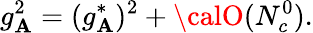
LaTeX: g_{\mathbf{A}}^{2}=(g_{\mathbf{A}}^{*})^{2}+{\calO}(N_{c}^{0}).